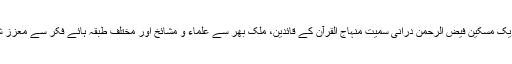
ناظم اعلیٰ خرم نواز گنڈا پور، امیر تحریک مسکین فیض الرحمن درانی سمیت منہاج القرآن کے قائدین، ملک بھر سے علماء و مشائخ اور مختلف طبقہ ہائے فکر سے معزز شخصیات بھی مہمانوں میں شامل تھیں۔